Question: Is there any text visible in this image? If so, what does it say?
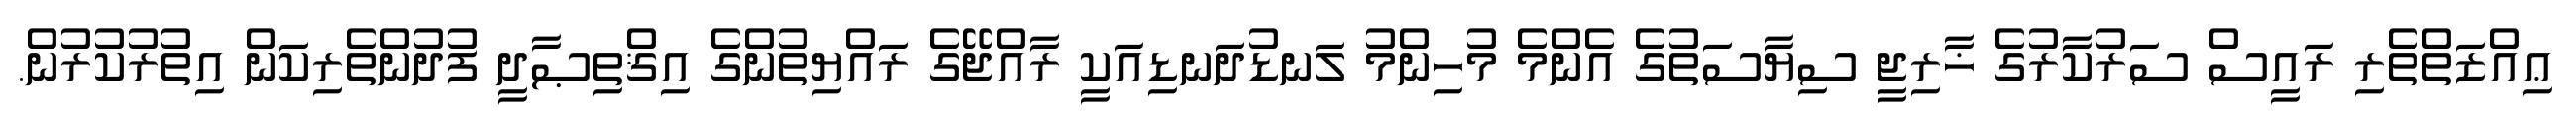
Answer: ޢިއްޒަތްތެރި ރައީސް ސަރުކާރުގެ ޚާރިޖީ ސިޔާސަތުގެ އެންމެ މުހިންމު ލަނޑުދަނޑިއަކީ ރާއްޖޭގެ ރައްޔިތުންގެ އިޤްތިޞާދީ ފުދުންތެރިކަން އިތުރުކުރުން.